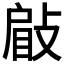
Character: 𢾥